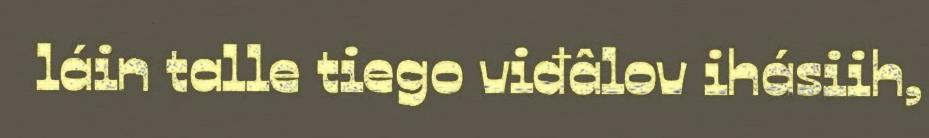
láin talle tiego viđâlov ihásiih,